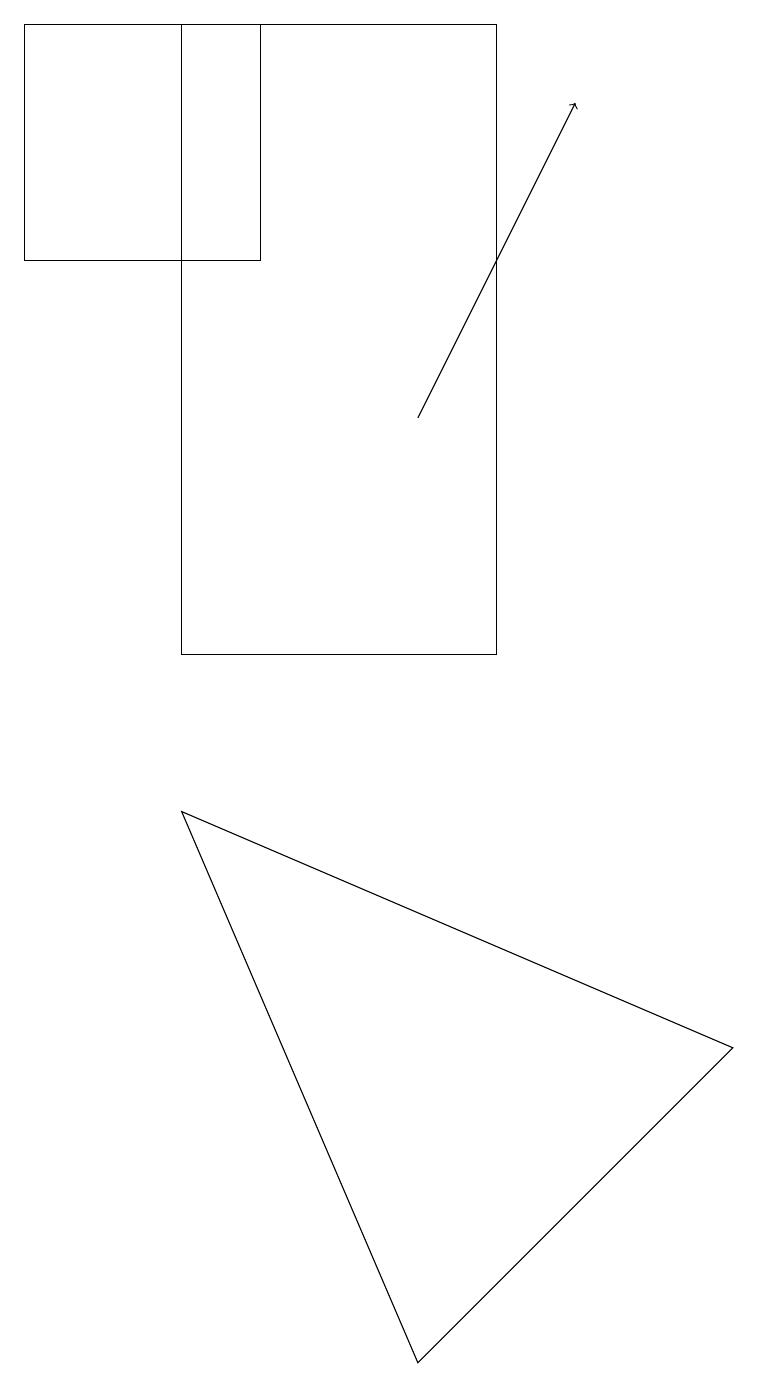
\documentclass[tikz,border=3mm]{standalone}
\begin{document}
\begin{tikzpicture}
\draw (9,5) -- (5,1) -- (2,8) -- cycle;
\draw (2,10) rectangle (6,18);
\draw (3,18) rectangle (0,15);
\draw[->] (5,13) -- (7,17);
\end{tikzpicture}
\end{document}